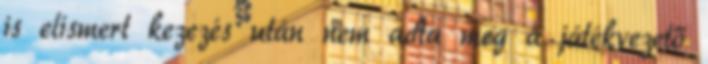
is elismert kezezés után nem adta meg a játékvezető